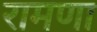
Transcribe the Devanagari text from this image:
रामणा